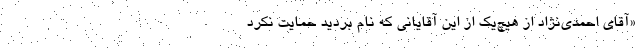
«آقای احمدی‌نژاد از هیچ‌یک از این آقایانی که نام بردید حمایت نکرد